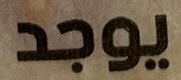
یوجد